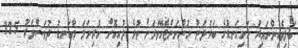
ބަލިވެއިންނައިރު ހަށިގަނޑުގެ ބަރުދަން ހުންނަންޖެހޭވަރަށް ވުރެ ލުއިކޮށް ހުރިނަމަ މާބަނޑު ދުވަސްވަރު 12.5